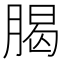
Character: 𣎅